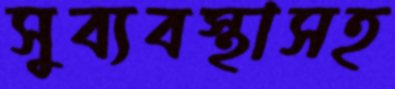
সুব্যবস্থাসহ